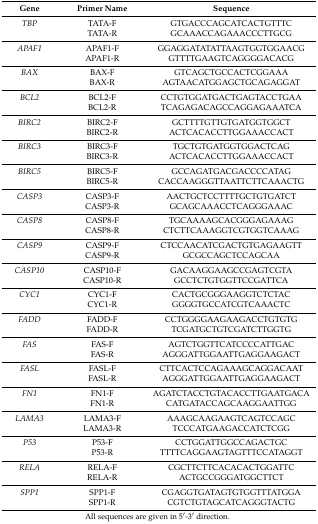
<table><thead><tr><td><b>Gene</b></td><td><b>Primer Name</b></td><td><b>Sequence</b></td></tr></thead><tbody><tr><td><i>TBP</i></td><td>TATA-F</td><td>GTGACCCAGCATCACTGTTTC</td></tr><tr><td></td><td>TATA-R</td><td>GCAAACCAGAAACCCTTGCG</td></tr><tr><td><i>APAF1</i></td><td>APAF1-F</td><td>GGAGGATATATTAAGTGGTGGAACG</td></tr><tr><td></td><td>APAF1-R</td><td>GTTTTGAAGTCAGGGGACACG</td></tr><tr><td><i>BAX</i></td><td>BAX-F</td><td>GTCAGCTGCCACTCGGAAA</td></tr><tr><td></td><td>BAX-R</td><td>AGTAACATGGAGCTGCAGAGGAT</td></tr><tr><td><i>BCL2</i></td><td>BCL2-F</td><td>CCTGTGGATGACTGAGTACCTGAA</td></tr><tr><td></td><td>BCL2-R</td><td>TCAGAGACAGCCAGGAGAAATCA</td></tr><tr><td><i>BIRC2</i></td><td>BIRC2-F</td><td>GCTTTTGTTGTGATGGTGGCT</td></tr><tr><td></td><td>BIRC2-R</td><td>ACTCACACCTTGGAAACCACT</td></tr><tr><td><i>BIRC3</i></td><td>BIRC3-F</td><td>TGCTGTGATGGTGGACTCAG</td></tr><tr><td></td><td>BIRC3-R</td><td>ACTCACACCTTGGAAACCACT</td></tr><tr><td><i>BIRC5</i></td><td>BIRC5-F</td><td>GCCAGATGACGACCCCATAG</td></tr><tr><td></td><td>BIRC5-R</td><td>CACCAAGGGTTAATTCTTCAAACTG</td></tr><tr><td><i>CASP3</i></td><td>CASP3-F</td><td>AACTGCTCCTTTTGCTGTGATCT</td></tr><tr><td></td><td>CASP3-R</td><td>GCAGCAAACCTCAGGGAAAC</td></tr><tr><td><i>CASP8</i></td><td>CASP8-F</td><td>TGCAAAAGCACGGGAGAAAG</td></tr><tr><td></td><td>CASP8-R</td><td>CTCTTCAAAGGTCGTGGTCAAAG</td></tr><tr><td><i>CASP9</i></td><td>CASP9-F</td><td>CTCCAACATCGACTGTGAGAAGTT</td></tr><tr><td></td><td>CASP9-R</td><td>GCGCCAGCTCCAGCAA</td></tr><tr><td><i>CASP10</i></td><td>CASP10-F</td><td>GACAAGGAAGCCGAGTCGTA</td></tr><tr><td></td><td>CASP10-R</td><td>GCCTCTGTGGTTCCGATTCA</td></tr><tr><td><i>CYC1</i></td><td>CYC1-F</td><td>CACTGCGGGAAGGTCTCTAC</td></tr><tr><td></td><td>CYC1-R</td><td>GGGGTGCCATCGTCAAACTC</td></tr><tr><td><i>FADD</i></td><td>FADD-F</td><td>CCTGGGGAAGAAGACCTGTGTG</td></tr><tr><td></td><td>FADD-R</td><td>TCGATGCTGTCGATCTTGGTG</td></tr><tr><td><i>FAS</i></td><td>FAS-F</td><td>AGTCTGGTTCATCCCCATTGAC</td></tr><tr><td></td><td>FAS-R</td><td>AGGGATTGGAATTGAGGAAGACT</td></tr><tr><td><i>FASL</i></td><td>FASL-F</td><td>CTTCACTCCAGAAAGCAGGACAAT</td></tr><tr><td></td><td>FASL-R</td><td>AGGGATTGGAATTGAGGAAGACT</td></tr><tr><td><i>FN1</i></td><td>FN1-F</td><td>AGATCTACCTGTACACCTTGAATGACA</td></tr><tr><td></td><td>FN1-R</td><td>CATGATACCAGCAAGGAATTGG</td></tr><tr><td><i>LAMA3</i></td><td>LAMA3-F</td><td>AAAGCAAGAAGTCAGTCCAGC</td></tr><tr><td></td><td>LAMA3-R</td><td>TCCCATGAAGACCATCTCGG</td></tr><tr><td><i>P53</i></td><td>P53-F</td><td>CCTGGATTGGCCAGACTGC</td></tr><tr><td></td><td>P53-R</td><td>TTTTCAGGAAGTAGTTTCCATAGGT</td></tr><tr><td><i>RELA</i></td><td>RELA-F</td><td>CGCTTCTTCACACACTGGATTC</td></tr><tr><td></td><td>RELA-R</td><td>ACTGCCGGGATGGCTTCT</td></tr><tr><td><i>SPP1</i></td><td>SPP1-F</td><td>CGAGGTGATAGTGTGGTTTATGGA</td></tr><tr><td></td><td>SPP1-R</td><td>CGTCTGTAGCATCAGGGTACTG</td></tr></tbody></table>